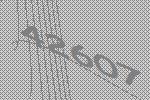
42607